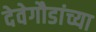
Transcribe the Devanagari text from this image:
देवेगौडांच्या